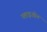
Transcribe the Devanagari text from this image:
प्लाइओन